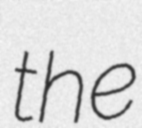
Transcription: the